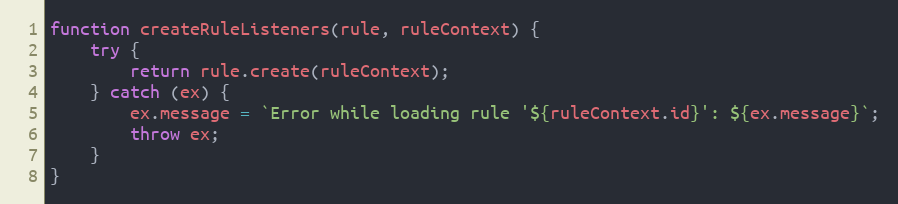
Language: JavaScript
function createRuleListeners(rule, ruleContext) {
    try {
        return rule.create(ruleContext);
    } catch (ex) {
        ex.message = `Error while loading rule '${ruleContext.id}': ${ex.message}`;
        throw ex;
    }
}